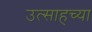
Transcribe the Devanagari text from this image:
उत्साहच्या